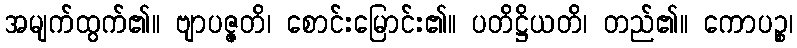
အမျက်ထွက်၏။ ဗျာပဇ္ဇတိ၊ စောင်းမြောင်း၏။ ပတိဋ္ဌိယတိ၊ တည်၏။ ကောပဉ္စ၊